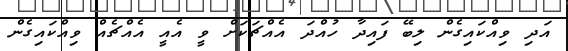
އަދި ވިއްކައިގެން ލިބޭ ފައިދާ ހުއްދަ އެއްޗަކަށް ވީ އެއީ އެއްޗެއް ވިއްކައިގެން